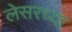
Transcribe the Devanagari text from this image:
लेसरच्या